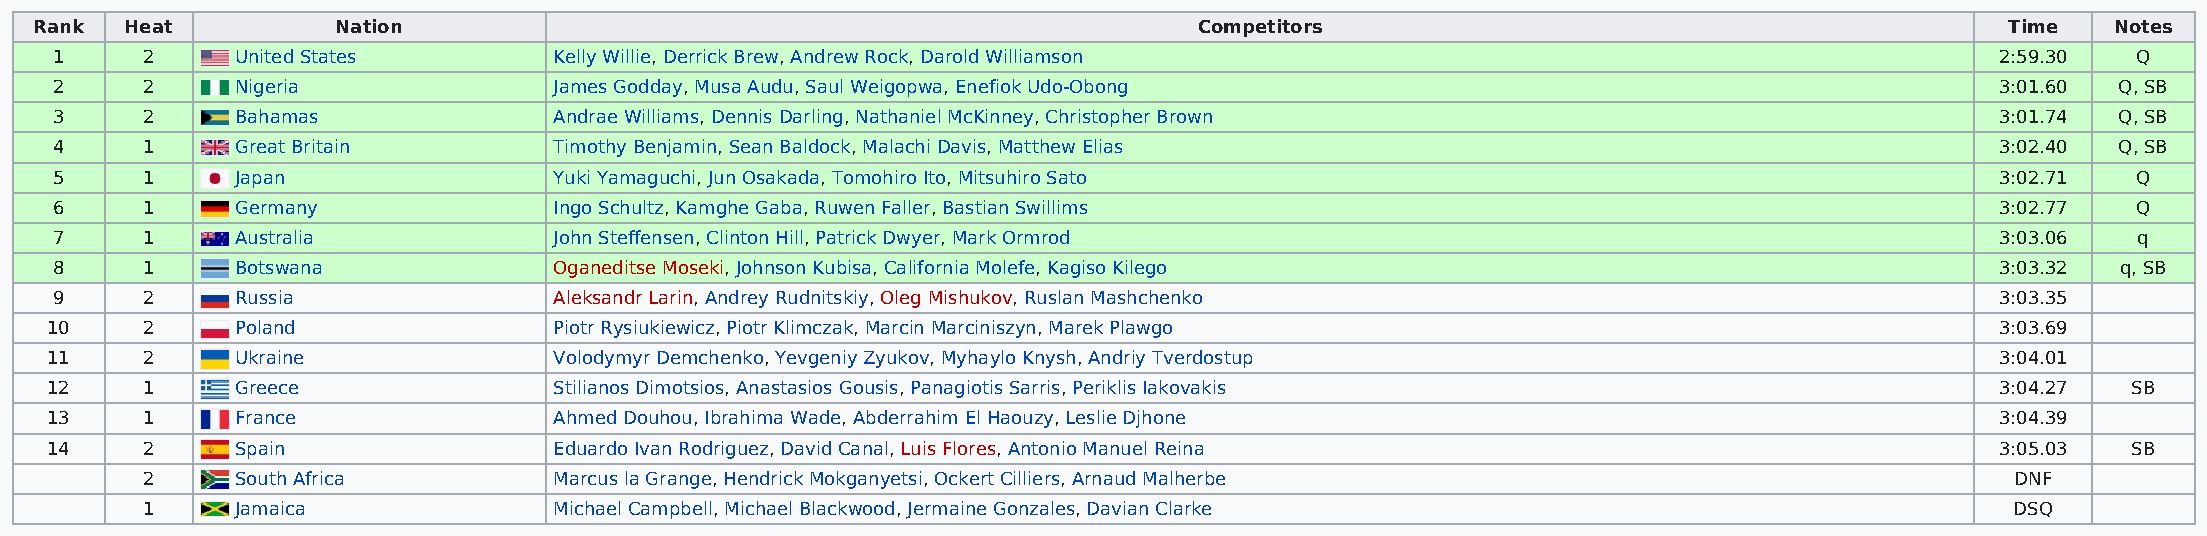
Rank  Heat          Nation                                                   Competitors                                           Time   Notes
 1     2      United States        Kelly Willie, Derrick Brew, Andrew Rock, Darold Williamson                                     2:59.30  Q
 2     2      Nigeria              James Godday, Musa Audu, Saul Weigopwa, Enefiok Udo-Obong                                      3:01.60 Q, SB
 3     2      Bahamas              Andrae Williams, Dennis Darling, Nathaniel McKinney, Christopher Brown                         3:01.74 Q, SB
 4     1      Great Britain        Timothy Benjamin, Sean Baldock, Malachi Davis, Matthew Elias                                   3:02.40 Q, SB
 5     1      Japan                Yuki Yamaguchi, Jun Osakada, Tomohiro Ito, Mitsuhiro Sato                                      3:02.71  Q
 6     1      Germany              Ingo Schultz, Kamghe Gaba, Ruwen Faller, Bastian Swillims                                      3:02.77  Q
 7     1      Australia            John Steffensen, Clinton Hill, Patrick Dwyer, Mark Ormrod                                      3:03.06  q
 8     1      Botswana             Oganeditse Moseki, Johnson Kubisa, California Molefe, Kagiso Kilego                            3:03.32 q, SB
 9     2      Russia               Aleksandr Larin, Andrey Rudnitskiy, Oleg Mishukov, Ruslan Mashchenko                           3:03.35
 10    2      Poland               Piotr Rysiukiewicz, Piotr Klimczak, Marcin Marciniszyn, Marek Plawgo                           3:03.69
 11    2      Ukraine              Volodymyr Demchenko, Yevgeniy Zyukov, Myhaylo Knysh, Andriy Tverdostup                         3:04.01
 12    1      Greece               Stilianos Dimotsios, Anastasios Gousis, Panagiotis Sarris, Periklis Iakovakis                  3:04.27  SB
 13    1      France               Ahmed Douhou, Ibrahima Wade, Abderrahim El Haouzy, Leslie Djhone                               3:04.39
 14    2      Spain                Eduardo Ivan Rodriguez, David Canal, Luis Flores, Antonio Manuel Reina                         3:05.03  SB
 2      South Africa         Marcus la Grange, Hendrick Mokganyetsi, Ockert Cilliers, Arnaud Malherbe                        DNF
 1      Jamaica              Michael Campbell, Michael Blackwood, Jermaine Gonzales, Davian Clarke                           DSQ